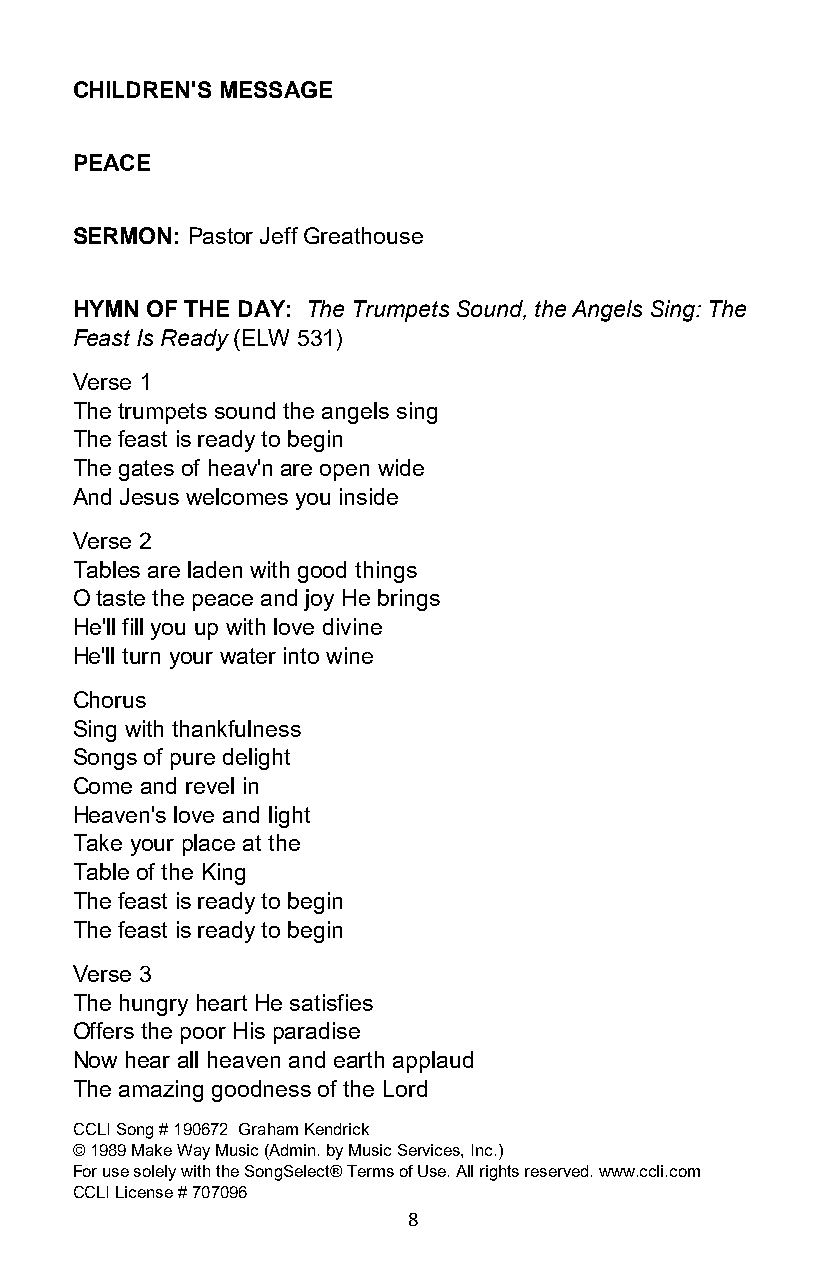
CHILDREN'S MESSAGE
 PEACE
 SERMON: Pastor Jeff Greathouse
 HYMN OF THE DAY: The Trumpets Sound, the Angels Sing: The
 Feast Is Ready (ELW 531)
 Verse 1
 The trumpets sound the angels sing
 The feast is ready to begin
 The gates of heav'n are open wide
 And Jesus welcomes you inside
 Verse 2
 Tables are laden with good things
 O taste the peace and joy He brings
 He'll fill you up with love divine
 He'll turn your water into wine
 Chorus
 Sing with thankfulness
 Songs of pure delight
 Come and revel in
 Heaven's love and light
 Take your place at the
 Table of the King
 The feast is ready to begin
 The feast is ready to begin
 Verse 3
 The hungry heart He satisfies
 Offers the poor His paradise
 Now hear all heaven and earth applaud
 The amazing goodness of the Lord
 CCLI Song # 190672 Graham Kendrick
 © 1989 Make Way Music (Admin. by Music Services, Inc.)
 For use solely with the SongSelect® Terms of Use. All rights reserved. www.ccli.com
 CCLI License # 707096
 8